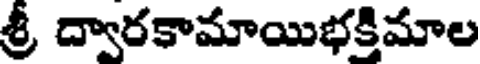
శ్రీ ద్వారకామాయిభక్తిమాల